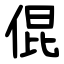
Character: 倱